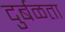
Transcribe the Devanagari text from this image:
दुर्बळता